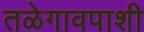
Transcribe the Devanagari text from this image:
तळेगावपाशी